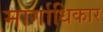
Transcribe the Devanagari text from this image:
मार्गाधिकार